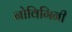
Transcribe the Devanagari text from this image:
नोविगिनी